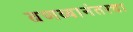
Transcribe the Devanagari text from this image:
वणव्यानंतरचा